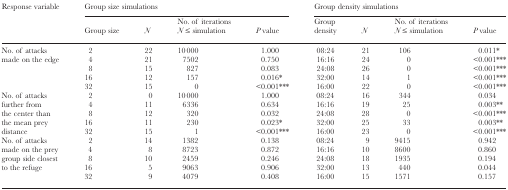
| Response variable | <COLSPAN=4> Group size simulations | <COLSPAN=4> Group density simulations |
 |  | Group size | N | No. of iterations N ≤ simulation | P value | Group density | N | No. of iterations N ≤ simulation | P value |
 | --- | --- | --- | --- | --- | --- | --- | --- | --- |
 | <ROWSPAN=5> No. of attacks made on the edge | 2 | 22 | 10000 | 1.000 | 08:24 | 21 | 106 | 0.011* |
 | 4 | 21 | 7502 | 0.750 | 16:16 | 24 | 0 | <0.001*** |
 | 8 | 15 | 827 | 0.083 | 24:08 | 26 | 0 | <0.001*** |
 | 16 | 12 | 157 | 0.016* | 32:00 | 14 | 1 | <0.001*** |
 | 32 | 15 | 0 | <0.001*** | 16:00 | 22 | 0 | <0.001*** |
 | <ROWSPAN=5> No. of attacks further from the center than the mean prey distance | 2 | 0 | 10000 | 1.000 | 08:24 | 16 | 344 | 0.034 |
 | 4 | 11 | 6336 | 0.634 | 16:16 | 19 | 25 | 0.003** |
 | 8 | 12 | 320 | 0.032 | 24:08 | 28 | 0 | <0.001*** |
 | 16 | 11 | 230 | 0.023* | 32:00 | 25 | 33 | 0.003** |
 | 32 | 15 | 1 | <0.001*** | 16:00 | 23 | 0 | <0.001*** |
 | <ROWSPAN=5> No. of attacks made on the prey group side closest to the refuge | 2 | 14 | 1382 | 0.138 | 08:24 | 9 | 9415 | 0.942 |
 | 4 | 8 | 8723 | 0.872 | 16:16 | 10 | 8600 | 0.860 |
 | 8 | 10 | 2459 | 0.246 | 24:08 | 18 | 1935 | 0.194 |
 | 16 | 5 | 9063 | 0.906 | 32:00 | 13 | 440 | 0.044 |
 | 32 | 9 | 4079 | 0.408 | 16:00 | 15 | 1571 | 0.157 |